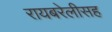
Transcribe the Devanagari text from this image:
रायबरेलीसह